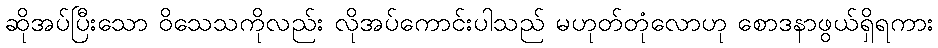
ဆိုအပ်ပြီးသော ဝိသေသကိုလည်း လိုအပ်ကောင်းပါသည် မဟုတ်တုံလောဟု စောဒနာဖွယ်ရှိရကား